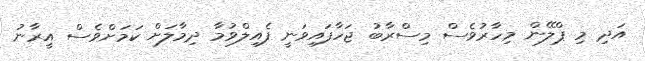
އަދި މި ޕްލޭން މިހާރުވެސް މިސްރާބު ޖަހާފައިވަނީ ފެއިލްވުމާ ދިމާލަށް ކަމަށްވެސް އީރާނު